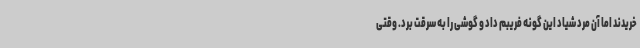
خریدند اما آن مرد شیاد این گونه فریبم داد و گوشی را به سرقت برد. وقتی